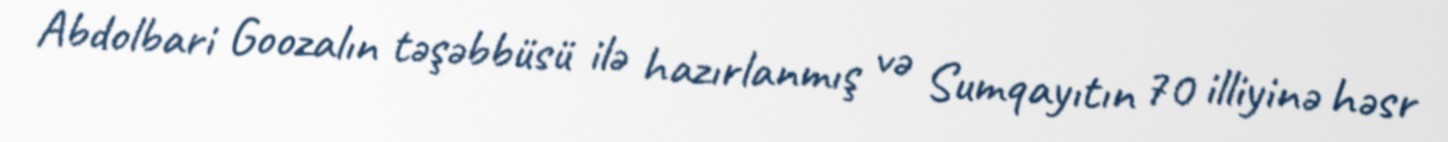
Abdolbari Goozalın təşəbbüsü ilə hazırlanmış və Sumqayıtın 70 illiyinə həsr